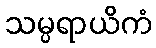
သမ္ပရာယိကံ